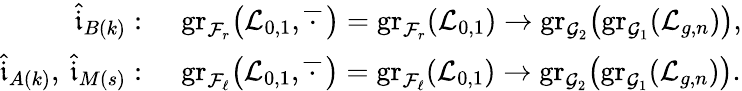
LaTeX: \begin{array}{rl}{\widehat{\mathfrak{i}}_{B(k)}:}&{\: \, \mathrm{gr}_{\mathcal{F}_{r}}\bigl(\mathcal{L}_{0,1},\overline{{\, \cdot\, }}\, \bigr)=\mathrm{gr}_{\mathcal{F}_{r}}(\mathcal{L}_{0,1})\to\mathrm{gr}_{\mathcal{G}_{2}}\bigl(\mathrm{gr}_{\mathcal{G}_{1}}(\mathcal{L}_{g,n})\bigr),}\\ {\widehat{\mathfrak{i}}_{A(k)},\: \widehat{\mathfrak{i}}_{M(s)}:}&{\: \, \mathrm{gr}_{\mathcal{F}_{\ell}}\bigl(\mathcal{L}_{0,1},\overline{{\, \cdot\, }}\, \bigr)=\mathrm{gr}_{\mathcal{F}_{\ell}}(\mathcal{L}_{0,1})\to\mathrm{gr}_{\mathcal{G}_{2}}\bigl(\mathrm{gr}_{\mathcal{G}_{1}}(\mathcal{L}_{g,n})\bigr).}\end{array}